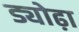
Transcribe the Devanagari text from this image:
ड्योढ़ा